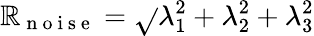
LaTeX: \mathbb{R}_{\mathrm{{~n~o~i~s~e~}}}=\sqrt{}{{\lambda_{1}^{2}+\lambda_{2}^{2}+\lambda_{3}^{2}}}